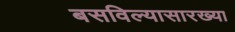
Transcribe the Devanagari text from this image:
बसविल्यासारख्या